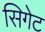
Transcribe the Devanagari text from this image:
सिगेट